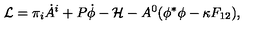
{ \cal L } = \pi _ { i } \dot { A } ^ { i } + P \dot { \phi } - { \cal H } - A ^ { 0 } ( \phi ^ { * } \phi - \kappa F _ { 1 2 } ) ,